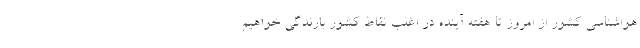
هواشناسی کشور از امروز تا هفته آینده در اغلب نقاط کشور بارندگی خواهیم